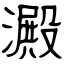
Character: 澱